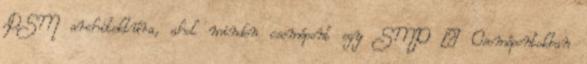
DSM architektúra, ahol minden csomópont egy SMP – Csomópontokban